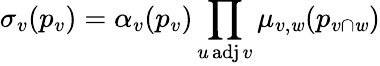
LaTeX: \sigma_{v}(p_{v})=\alpha_{v}(p_{v})\prod_{u\operatorname{adj}v}\mu_{v,\mathit{w}}(p_{v\cap\mathit{w}})